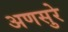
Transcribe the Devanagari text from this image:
अणसुरे